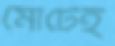
মোটেই